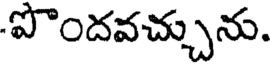
పొందవచ్చును.